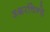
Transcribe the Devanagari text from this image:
अक्षरचिन्हे